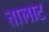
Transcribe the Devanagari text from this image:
तालाट